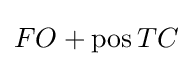
FO+{\text{pos}}\,TC